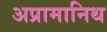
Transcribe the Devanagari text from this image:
अप्रामानिथ